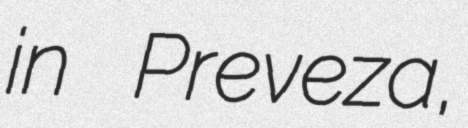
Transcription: in Preveza,